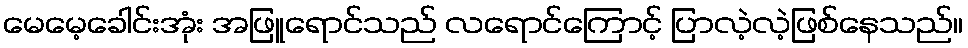
မေမေ့ခေါင်းအုံး အဖြူရောင်သည် လရောင်ကြောင့် ပြာလဲ့လဲ့ဖြစ်နေသည်။